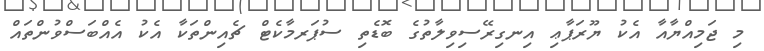
މި ޖަމިއްޔާއާ އެކު ޔޫރަޕާޢި އިނގިރޭސިވިލާތުގެ ބޮޑެތި ސުޕަރމާކެޓް ޗެއިންތަކާ އެކު އެއްބަސްވުންތައް